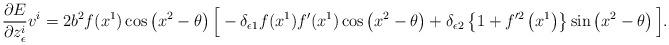
LaTeX: \begin{align*}\frac{\partial E}{\partial z^i_{\epsilon}}v^i= 2b^2f(x^1) \cos\left( x^2-\theta\right) \Big[ -\delta_{\epsilon 1}f(x^1)f'(x^1) \cos\left( x^2-\theta\right) +\delta_{\epsilon 2}\left\lbrace 1+f'^2\left( x^1\right) \right\rbrace \sin\left( x^2-\theta\right) \Big]. \end{align*}